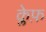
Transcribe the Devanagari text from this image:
क्लेफ़